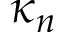
\kappa _ { n }